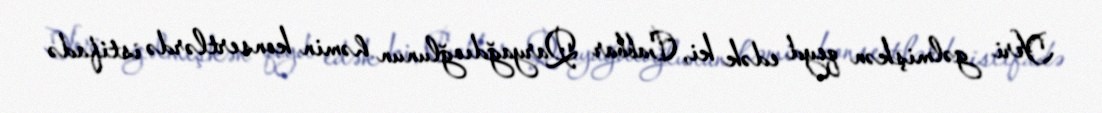
Yeri gəlmişkən qeyd edək ki, Cabbar Qaryağdıoğlunun həmin konsertlərdə istifadə